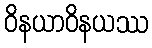
ဝိနယာဝိနယဿ